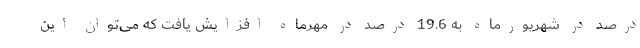
درصد در شهریورماه به 19.6 درصد در مهرماه افزایش یافت که می‌توان این